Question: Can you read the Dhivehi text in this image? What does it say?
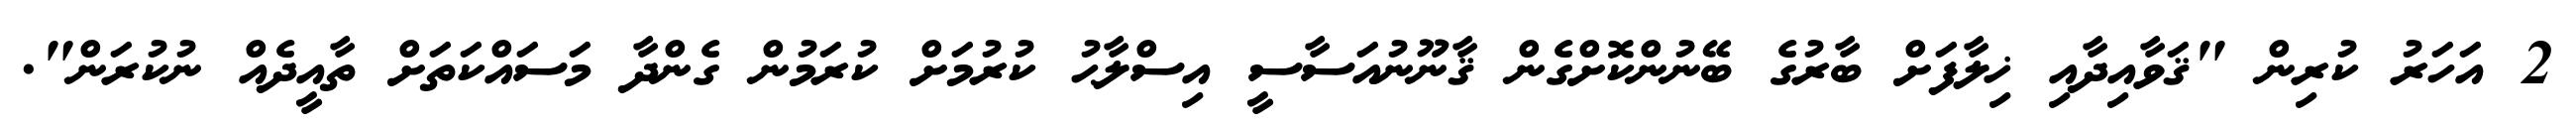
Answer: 2 އަހަރު ކުރިން "ޤަވާއިދާއި ޚިލާފަށް ބާރުގެ ބޭނުންކޮށްގެން ޤާނޫނުއަސާސީ އިސްލާޙު ކުރުމަށް ކުރަމުން ގެންދާ މަސައްކަތަށް ތާއީދެއް ނުކުރަން".